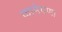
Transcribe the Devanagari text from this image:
कामेषणा